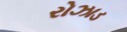
રોઝાડ